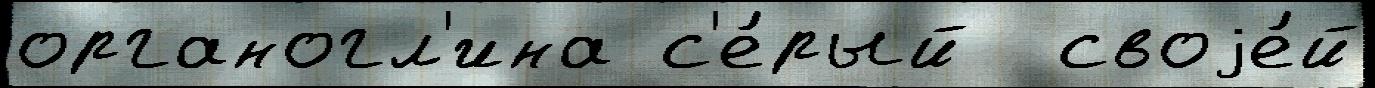
органогл'ина с'е́рый  своjе́й